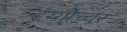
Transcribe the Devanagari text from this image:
दृग्गोच्चर